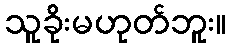
သူခိုးမဟုတ်ဘူး။